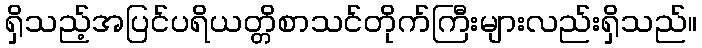
ရှိသည့်အပြင်ပရိယတ္တိစာသင်တိုက်ကြီးများလည်းရှိသည်။